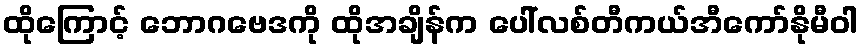
ထိုကြောင့် ဘောဂဗေဒကို ထိုအချိန်က ပေါ်လစ်တီကယ်အီကော်နိုမီဝါ